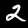
Label: 2